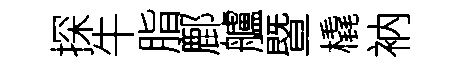
探牛脂鄜艫暨橇衲